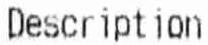
DESCRIPTION